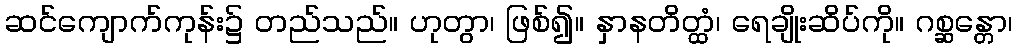
ဆင်ကျောက်ကုန်း၌ တည်သည်။ ဟုတွာ၊ ဖြစ်၍။ နှာနတိတ္ထံ၊ ရေချိုးဆိပ်ကို။ ဂစ္ဆန္တော၊